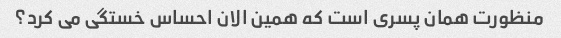
منظورت همان پسری است که همین الان احساس خستگی می کرد؟